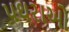
પથરાઓ